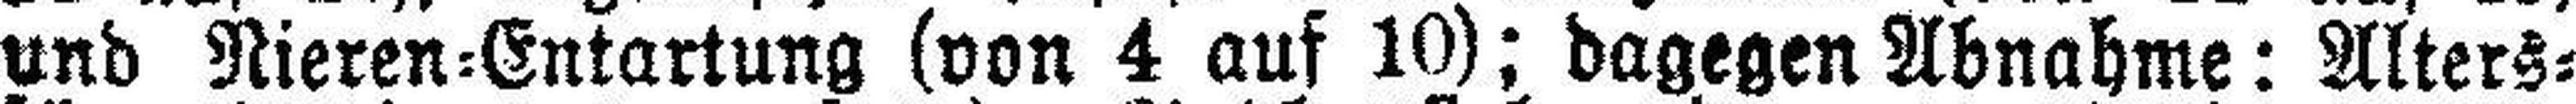
und Nieren=Entartung (von 4 auf 10); dagegen Abnahme: Alters¬